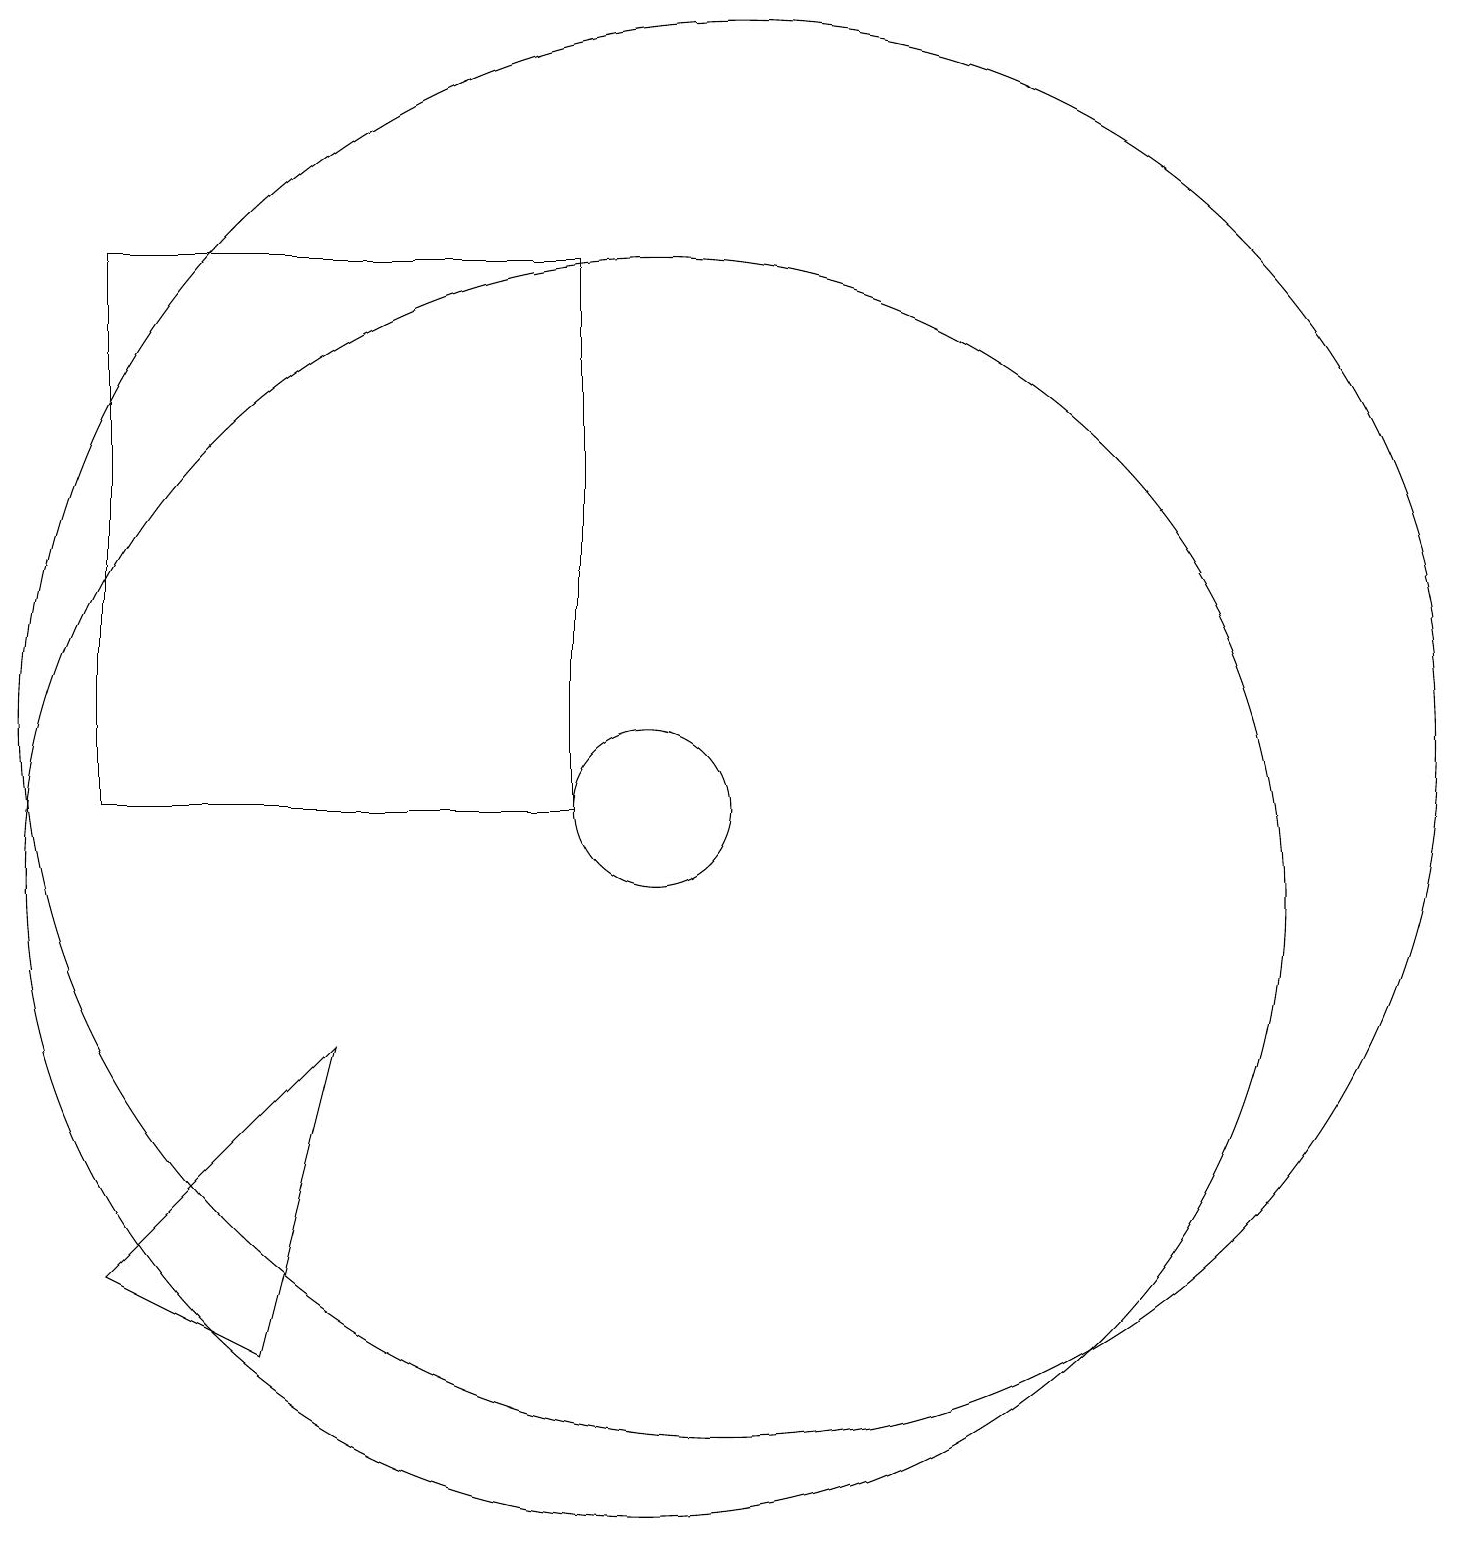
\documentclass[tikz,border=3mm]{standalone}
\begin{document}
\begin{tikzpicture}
\draw (11,12) circle (9);
\draw (10,10) circle (8);
\draw (5,4) -- (3,5) -- (6,8) -- cycle;
\draw (10,11) circle (1);
\draw (9,18) rectangle (3,11);
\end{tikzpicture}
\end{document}